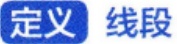
定义 线段